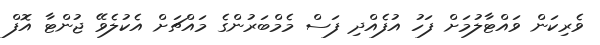
ވެރިކަން ވައްޓާލުމަށް ފަހު އުފެއްދި ފަސް މެމްބަރުންގެ މައްޗަށް އެކުލެވޭ ޖުންޓާ އޮފް